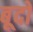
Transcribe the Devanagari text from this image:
बूदो